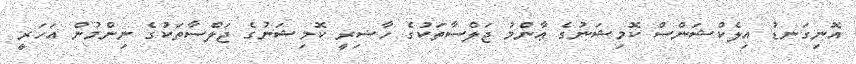
އޮނިގަނޑު އިލެކްޝަންސް ކޮމިޝަނުގެ ޢާންމު ޖަލްސާތަކުގެ ހާޟިރީ ކޮމިޝަނުގެ ޖަލްސާތަކުގެ ނިންމުން އަހަރީ